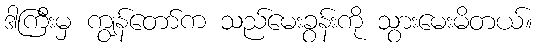
ဒါကြီးမှ ကျွန်တော်က သည်မေးခွန်းကို သွားမေးမိတယ်။